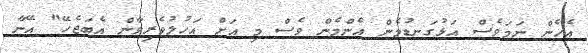
އެހެން ނަމަވެސް އަޅުގަނޑުމެން އެންމެން ވެސް މި އަށް އަހުލުވެރިވާން އެބަޖެހޭ" އޭނާ